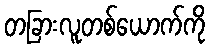
တခြားလူတစ်ယောက်ကို